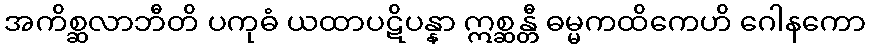
အကိစ္ဆလာဘီတိ ပကုဓံ ယထာပဋိပန္နာ ဣစ္ဆန္တီ ဓမ္မကထိကေဟိ ဂေါနကော